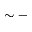
\sim -